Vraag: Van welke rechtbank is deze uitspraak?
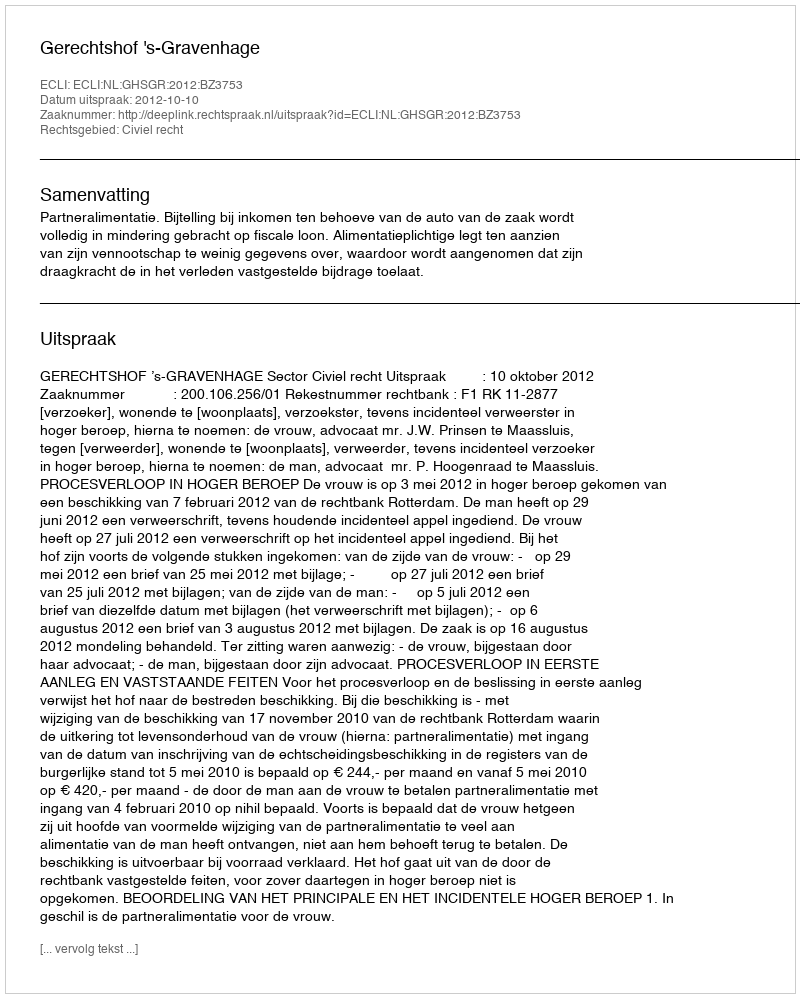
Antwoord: Gerechtshof 's-Gravenhage